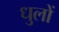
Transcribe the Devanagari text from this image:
धुलों